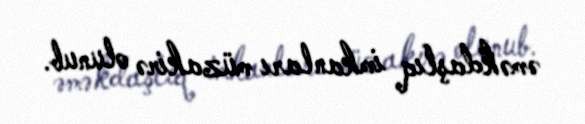
əməkdaşlıq imkanları müzakirə olunub.